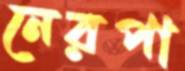
নেরপা